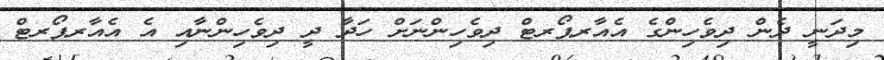
މިދަނީ ދެން ދިވެހިންގެ އެއާރޕޯރޓް ދިވެހިންނަށް ހަދާ ދީ ދިވެހިންނާއި އެ އެއާރޕޯރޓް